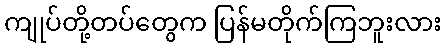
ကျုပ်တို့တပ်တွေက ပြန်မတိုက်ကြဘူးလား